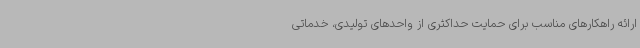
ارائه راهکارهای مناسب برای حمایت حداکثری از واحدهای تولیدی، خدماتی